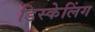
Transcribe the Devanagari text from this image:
डिस्केलिंग